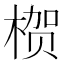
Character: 𱣻